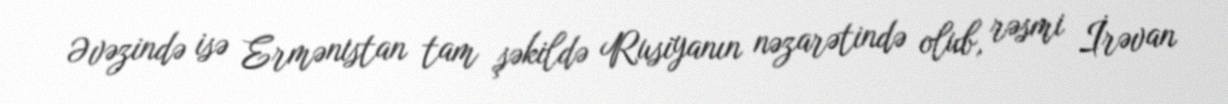
Əvəzində isə Ermənistan tam şəkildə Rusiyanın nəzarətində olub, rəsmi İrəvan